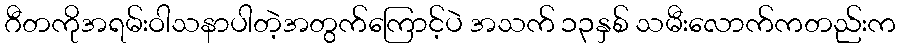
ဂီတကိုအရမ်းဝါသနာပါတဲ့အတွက်ကြောင့်ပဲ အသက် ၁၃နှစ် သမီးလောက်ကတည်းက